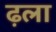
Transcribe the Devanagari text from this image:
ढ़ला